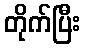
တိုက်ပြီး